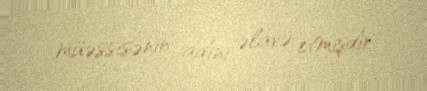
müəssisənin adını əlavə etmişdir.